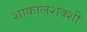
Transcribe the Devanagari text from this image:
शाकालशक्शी